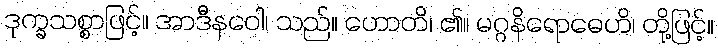
ဒုက္ခသစ္စာဖြင့်။ အာဒီနဝေါ၊ သည်။ ဟောတိ၊ ၏။ မဂ္ဂနိရောဓေဟိ၊ တို့ဖြင့်။